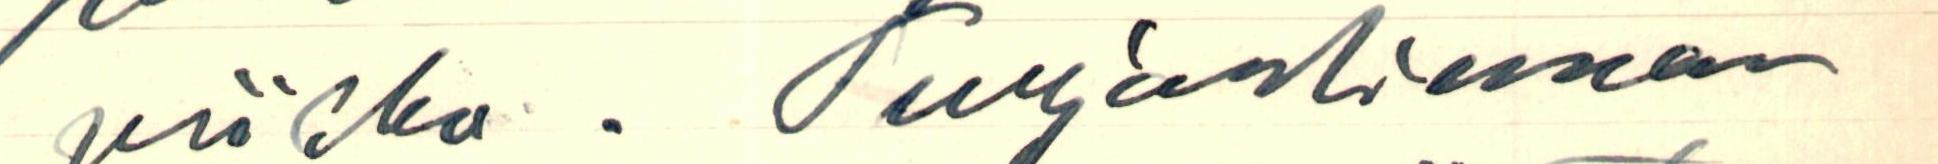
viikko. Turjanlinnan